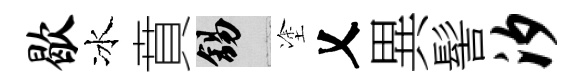
歇冰賁錫塗乂異髻汐